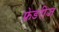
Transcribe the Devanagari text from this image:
फ्रेडरीज